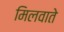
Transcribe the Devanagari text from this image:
मिलवाते